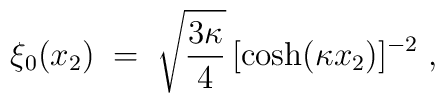
\xi_0(x_2)\;=\; \sqrt{\frac{3 \kappa}{4}} \, [\cosh (\kappa x_2)]^{-2}\;,